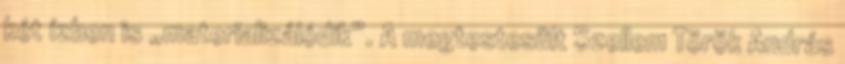
két ízben is „materializálódik”. A megtestesült Szellem Török András